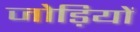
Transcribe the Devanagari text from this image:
जोड़ियों